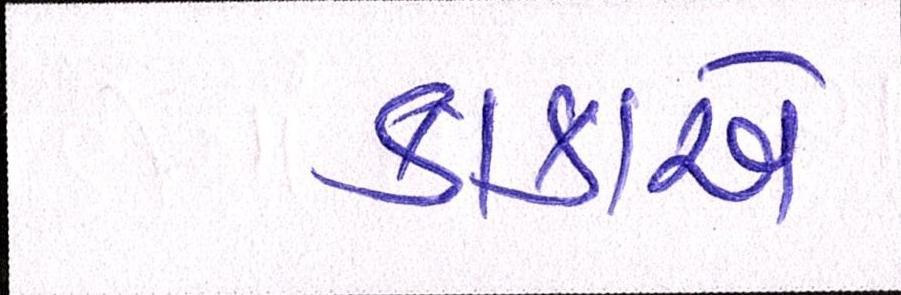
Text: કાકાએ